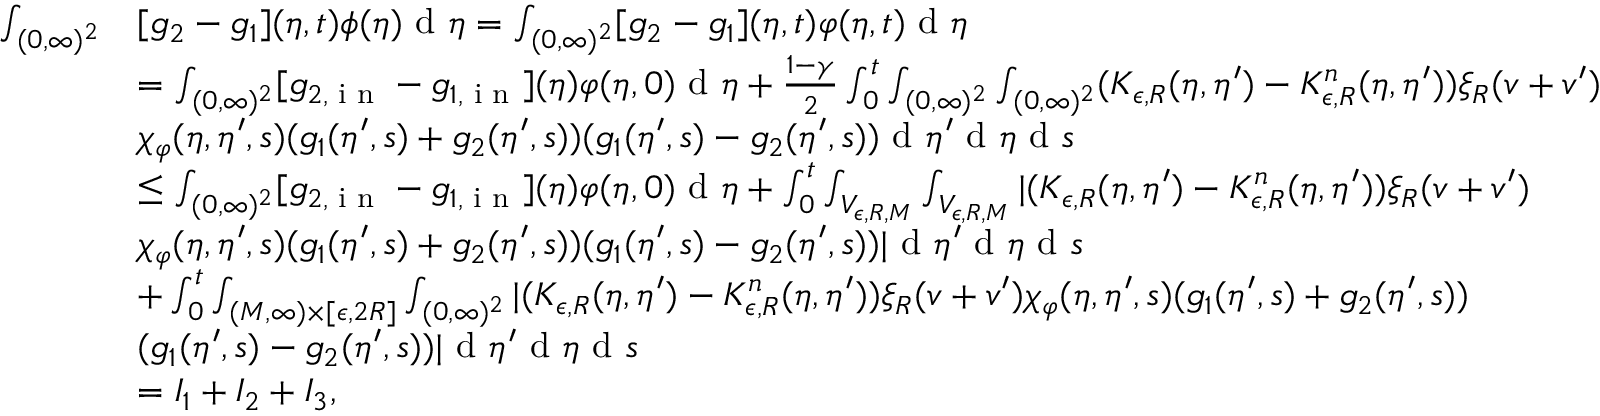
\begin{array} { r l } { \int _ { ( 0 , \infty ) ^ { 2 } } } & { [ g _ { 2 } - g _ { 1 } ] ( \eta , t ) \phi ( \eta ) \textup { d } \eta = \int _ { ( 0 , \infty ) ^ { 2 } } [ g _ { 2 } - g _ { 1 } ] ( \eta , t ) \varphi ( \eta , t ) \textup { d } \eta } \\ & { = \int _ { ( 0 , \infty ) ^ { 2 } } [ g _ { 2 , \textup { i n } } - g _ { 1 , \textup { i n } } ] ( \eta ) \varphi ( \eta , 0 ) \textup { d } \eta + \frac { 1 - \gamma } { 2 } \int _ { 0 } ^ { t } \int _ { ( 0 , \infty ) ^ { 2 } } \int _ { ( 0 , \infty ) ^ { 2 } } ( K _ { \epsilon , R } ( \eta , \eta ^ { \prime } ) - K _ { \epsilon , R } ^ { n } ( \eta , \eta ^ { \prime } ) ) \xi _ { R } ( v + v ^ { \prime } ) } \\ & { \chi _ { \varphi } ( \eta , \eta ^ { \prime } , s ) ( g _ { 1 } ( \eta ^ { \prime } , s ) + g _ { 2 } ( \eta ^ { \prime } , s ) ) ( g _ { 1 } ( \eta ^ { \prime } , s ) - g _ { 2 } ( \eta ^ { \prime } , s ) ) \textup { d } \eta ^ { \prime } \textup { d } \eta \textup { d } s } \\ & { \leq \int _ { ( 0 , \infty ) ^ { 2 } } [ g _ { 2 , \textup { i n } } - g _ { 1 , \textup { i n } } ] ( \eta ) \varphi ( \eta , 0 ) \textup { d } \eta + \int _ { 0 } ^ { t } \int _ { V _ { \epsilon , R , M } } \int _ { V _ { \epsilon , R , M } } | ( K _ { \epsilon , R } ( \eta , \eta ^ { \prime } ) - K _ { \epsilon , R } ^ { n } ( \eta , \eta ^ { \prime } ) ) \xi _ { R } ( v + v ^ { \prime } ) } \\ & { \chi _ { \varphi } ( \eta , \eta ^ { \prime } , s ) ( g _ { 1 } ( \eta ^ { \prime } , s ) + g _ { 2 } ( \eta ^ { \prime } , s ) ) ( g _ { 1 } ( \eta ^ { \prime } , s ) - g _ { 2 } ( \eta ^ { \prime } , s ) ) | \textup { d } \eta ^ { \prime } \textup { d } \eta \textup { d } s } \\ & { + \int _ { 0 } ^ { t } \int _ { ( M , \infty ) \times [ \epsilon , 2 R ] } \int _ { ( 0 , \infty ) ^ { 2 } } | ( K _ { \epsilon , R } ( \eta , \eta ^ { \prime } ) - K _ { \epsilon , R } ^ { n } ( \eta , \eta ^ { \prime } ) ) \xi _ { R } ( v + v ^ { \prime } ) \chi _ { \varphi } ( \eta , \eta ^ { \prime } , s ) ( g _ { 1 } ( \eta ^ { \prime } , s ) + g _ { 2 } ( \eta ^ { \prime } , s ) ) } \\ & { ( g _ { 1 } ( \eta ^ { \prime } , s ) - g _ { 2 } ( \eta ^ { \prime } , s ) ) | \textup { d } \eta ^ { \prime } \textup { d } \eta \textup { d } s } \\ & { = I _ { 1 } + I _ { 2 } + I _ { 3 } , } \end{array}